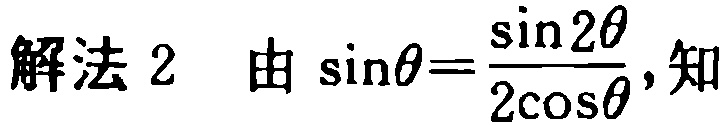
解法 2  由 \(\sin\theta=\frac{\sin2\theta}{2\cos\theta}\)，知